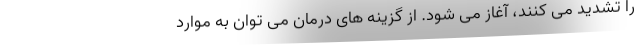
را تشدید می کنند، آغاز می شود. از گزینه های درمان می توان به موارد